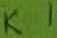
Text: K1